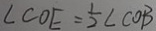
\angle C O E = \frac { 1 } { 2 } \angle C O B